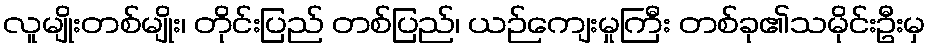
လူမျိုးတစ်မျိုး၊ တိုင်းပြည် တစ်ပြည်၊ ယဉ်ကျေးမှုကြီး တစ်ခု၏သမိုင်းဦးမှ